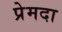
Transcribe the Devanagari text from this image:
प्रेमदा